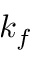
k _ { f }